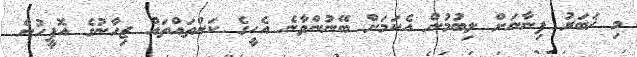
މި ޚަބަރު ފިނާނަށް ލިބުމުން އެކަމަށް ބޭނުންވާނެ އެހީގެ ކަންތައްތައް ޒިހާނުގެ އޮފީހުން